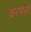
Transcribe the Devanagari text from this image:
करमसी